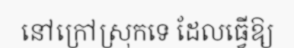
នៅក្រៅស្រុកទេ ដែលធ្វើឱ្យ